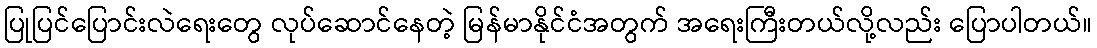
ပြုပြင်ပြောင်းလဲရေးတွေ လုပ်ဆောင်နေတဲ့ မြန်မာနိုင်ငံအတွက် အရေးကြီးတယ်လို့လည်း ပြောပါတယ်။